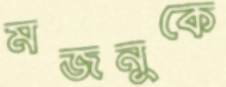
মজনুকে